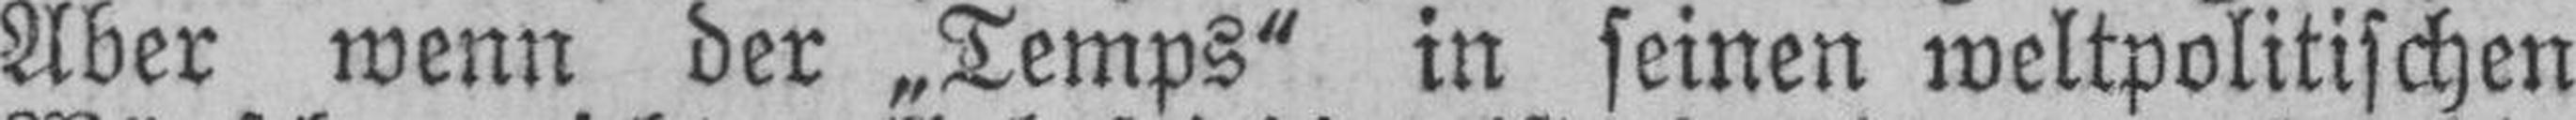
Aber wenn der „Temps“ in seinen weltpolitischen